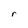
Character: r